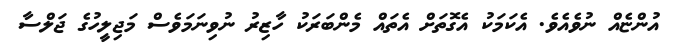
އުންޏެއް ނުވެއެވެ. އެކަމަކު އެގޮތަށް އެތައް މެންބަރަކު ހާޒިރު ނުވިނަމަވެސް މަޖިލީހުގެ ޖަލްސާ